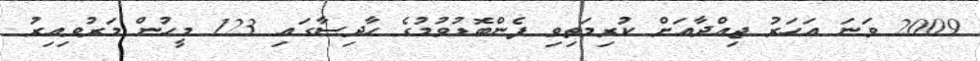
2009 ވަނަ އަހަރު ޖިއްދާއަށް ކުރިމަތިވި ފެންބޮޑުވުމުގެ ހާދިސާގައި 123 މީހުން މަރުވިއިރު